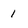
Character: 1